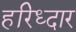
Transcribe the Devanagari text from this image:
हरिध्दार